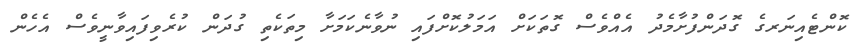
ކޮންޓެއިނަރގެ ގޮދަންފުށާމެދު އެއްވެސް ގޮތަކަށް އަމަލުކޮށްފައި ނުވާނެކަމަށާ މިތަކެތި ގުދަން ކުރެވިފައިވާނީވެސް އެހެން